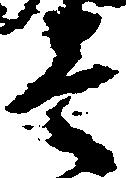
壱